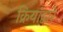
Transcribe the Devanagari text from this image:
क्रियांद्वारे